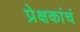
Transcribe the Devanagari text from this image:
प्रेक्षकांचं